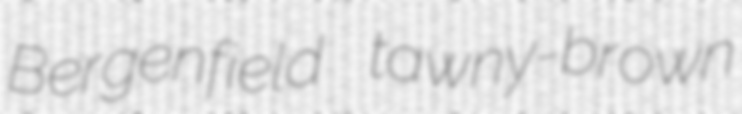
Bergenfield tawny-brown